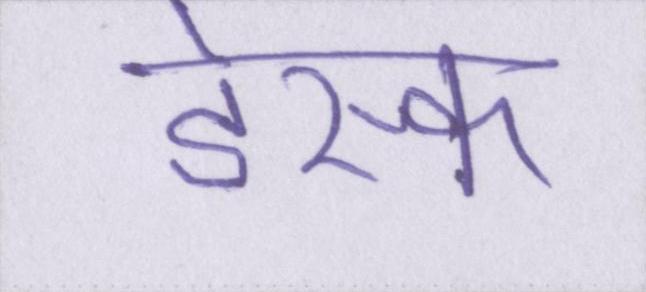
डेस्क